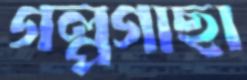
গল্পগাছা